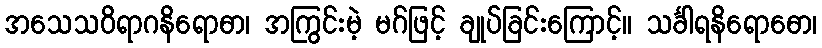
အသေသဝိရာဂနိရောဓာ၊ အကြွင်းမဲ့ မဂ်ဖြင့် ချုပ်ခြင်းကြောင့်။ သင်္ခါရနိရောဓော၊